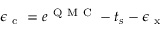
\epsilon _ { \mathrm { ~ c ~ } } = e ^ { \mathrm { ~ Q ~ M ~ C ~ } } - t _ { s } - \epsilon _ { \mathrm { ~ x ~ } }